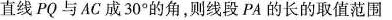
直线PQ与AC成30°的角，则线段PA的长的取值范围